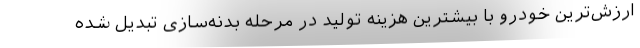
ارزش‌ترین خودرو با بیشترین هزینه تولید در مرحله بدنه‌سازی تبدیل شده